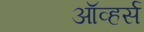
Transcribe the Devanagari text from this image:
ऑव्हर्स